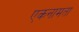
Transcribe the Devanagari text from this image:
एकनामता